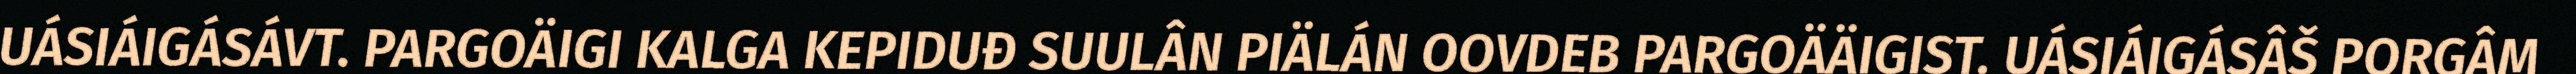
UÁSIÁIGÁSÁVT. PARGOÄIGI KALGA KEPIDUĐ SUULÂN PIÄLÁN OOVDEB PARGOÄÄIGIST. UÁSIÁIGÁSÂŠ PORGÂM